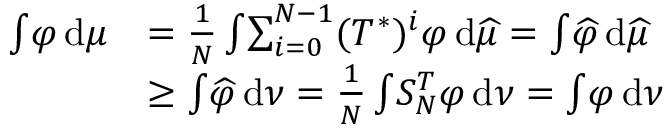
\begin{array} { r l } { \int \! \varphi \, \mathrm { d } \mu } & { = \frac { 1 } { N } \int \! \sum _ { i = 0 } ^ { N - 1 } ( T ^ { * } ) ^ { i } \varphi \, \mathrm { d } \widehat { \mu } = \int \! \widehat { \varphi } \, \mathrm { d } \widehat { \mu } } \\ & { \geq \int \! \widehat { \varphi } \, \mathrm { d } \nu = \frac { 1 } { N } \int \! S _ { N } ^ { T } \varphi \, \mathrm { d } \nu = \int \! \varphi \, \mathrm { d } \nu } \end{array}